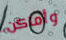
وأماكن